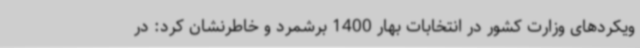
ویکردهای وزارت کشور در انتخابات بهار 1400 برشمرد و خاطرنشان کرد: در